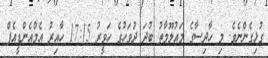
ގުޅިގެންނެވެ. މި ހާދިސާގެ މައުލޫމާތު ބުދަ ދުވަހުގެ ހަވީރު 17:15 ހާއިރު އެމްއެންޑީއެފް